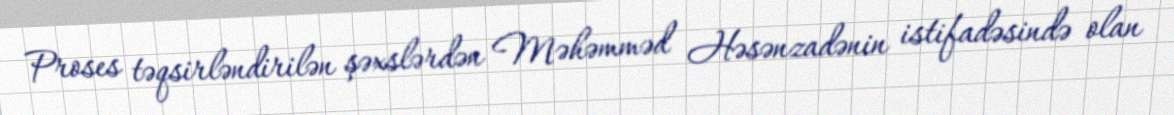
Proses təqsirləndirilən şəxslərdən Məhəmməd Həsənzadənin istifadəsində olan